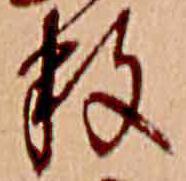
数